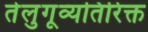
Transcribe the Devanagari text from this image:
तेलुगूव्यतिरिक्त